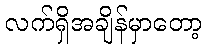
လက်ရှိအချိန်မှာတော့